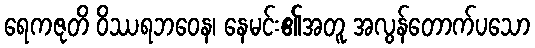
ရေကဇုတိ ဝိဿရဘဝေန၊ နေမင်း၏အတူ အလွန်တောက်ပသော